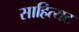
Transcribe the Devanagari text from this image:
साहित्यट